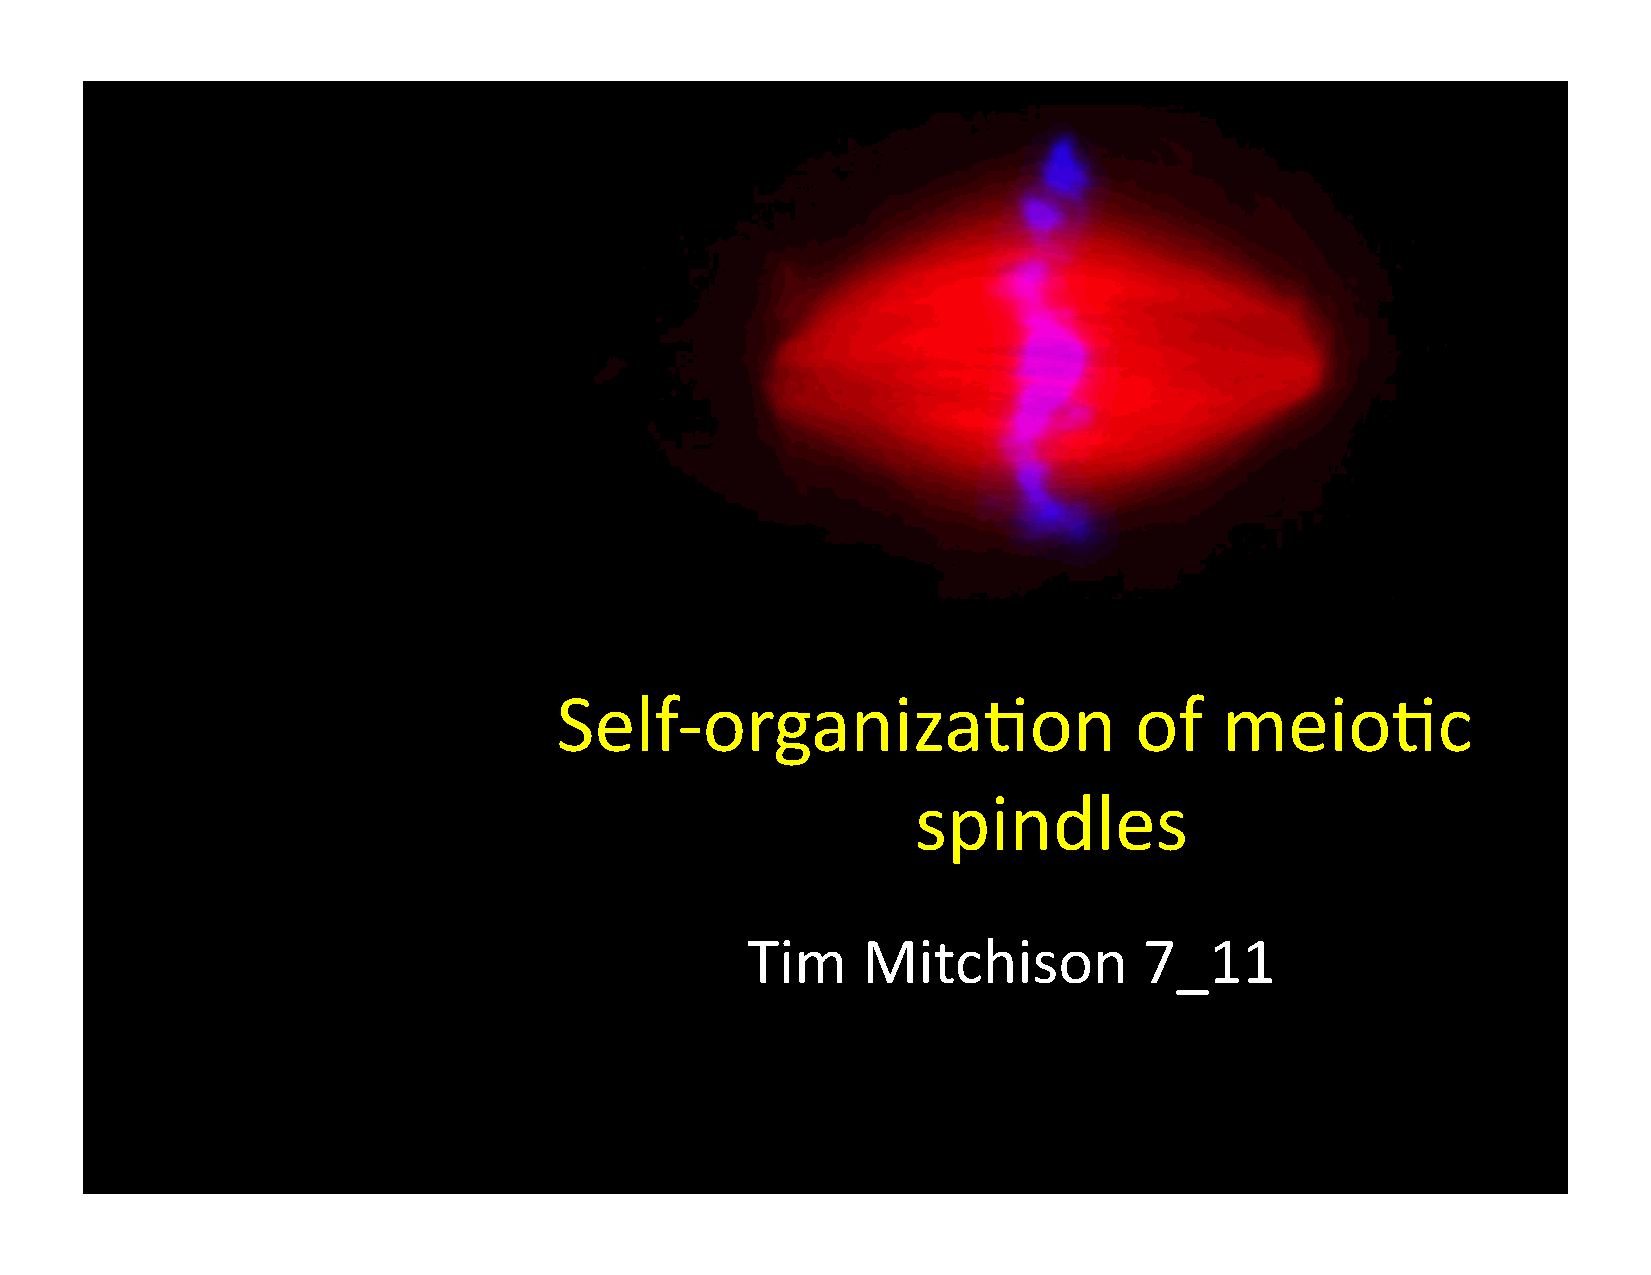
Self-­‐organiza-on                    of    meio-c
 spindles
 Tim     Mitchison          7_11